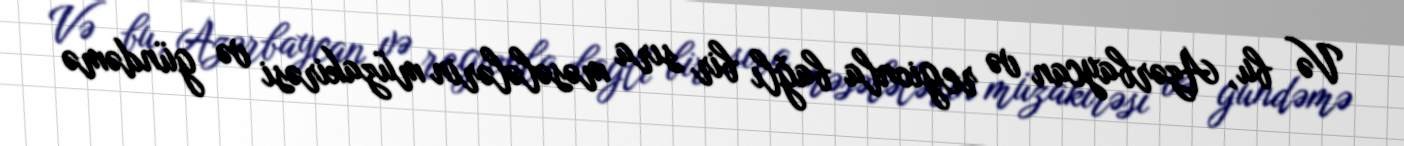
Və bu, Azərbaycan və regionla bağlı bir sıra məsələlərin müzakirəsi və gündəmə